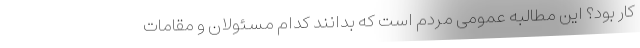
کار بود؟ این مطالبه عمومی مردم است که بدانند کدام مسئولان و مقامات